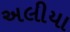
અલીયા